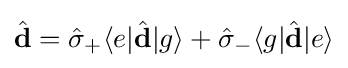
{\hat {\mathbf {d} }}={\hat {\sigma }}_{+}\langle e|{\hat {\mathbf {d} }}|g\rangle +{\hat {\sigma }}_{-}\langle g|{\hat {\mathbf {d} }}|e\rangle